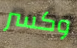
وكسر